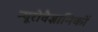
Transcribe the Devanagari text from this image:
न्यूरोवैज्ञानिकों